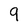
Character: 9